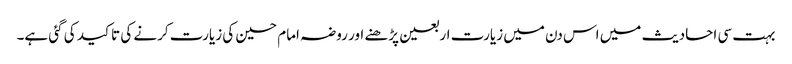
بہت سی احادیث میں اس دن میں زیارت اربعین پڑھنے اور روضہ امام حسین کی زیارت کرنے کی تاکید کی گئی ہے۔